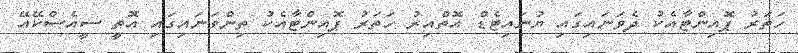
ހަތަރު ޕޮއިންޓާއެކު ދެވަނައިގައި ޔުނައިޓެޑް އޮތްއިރު ހަތަރު ޕޮއިންޓާއެކު ތިންވަނައިގައި އޮތީ ސީއެސްކޭއޭ